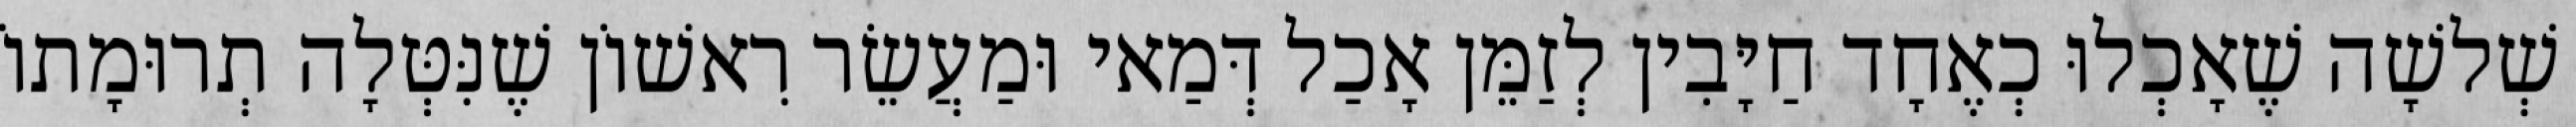
שְׁלשָׁה שֶׁאָכְלוּ כְאֶחָד חַיָּבִין לְזַמֵּן אָכַל דְּמַאי וּמַעֲשֵׂר רִאשׁוֹן שֶׁנִּטְּלָה תְרוּמָתוֹ